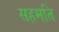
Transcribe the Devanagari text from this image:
सहमति